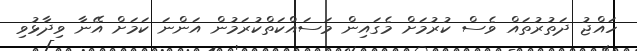
ހައްޖު ދަތުރުތައް ވެސް ކުރުމަށް މެގައިން މަސައްކަތްކުރަމުން އަންނަ ކަމަށް އޭނާ ވިދާޅުވި